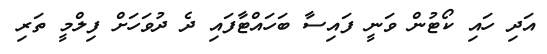
އަދި ހައި ކޯޓުން ވަނީ ފައިސާ ބަހައްޓާފައި ދެ ދުވަހަށް ފިލްމީ ތަރި